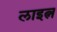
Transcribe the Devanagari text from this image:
लाइत्न